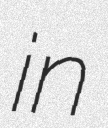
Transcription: in